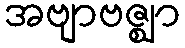
အဗျာဗဇ္ဈာ